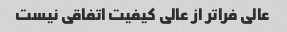
عالی فراتر از عالی کیفیت اتفاقی نیست